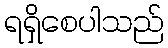
ရရှိစေပါသည်